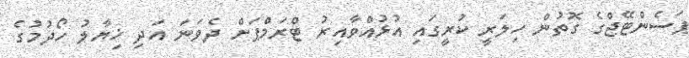
ޕަސެންޓޭޖްގެ ގޮތުން ހިލަރީ ކުރީގައި އުޅުއްވާއިރު ޓްރަމްޕަށް ދެވަނަ އަދި ޚިޔާލު ހޯދުމުގެ